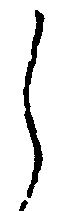
し